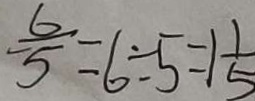
\frac { 6 } { 5 } = 6 \div 5 = 1 \frac { 1 } { 5 }